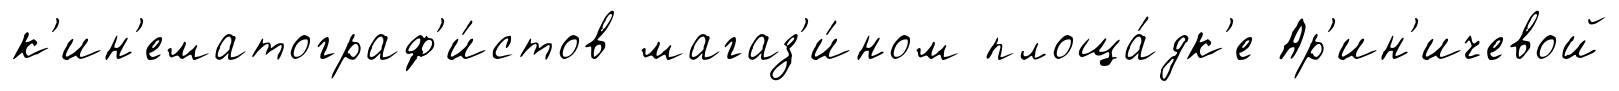
к'ин'ематограф'и́стов магаз'и́ном площа́дк'е Ар'ин'ичевой